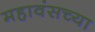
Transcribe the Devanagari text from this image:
महावंसच्या